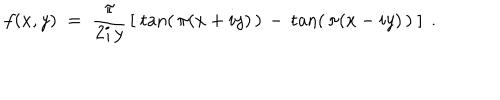
LaTeX: f ( x , y ) \; = \; \frac { \pi } { 2 i \, y } \, \left[ \; \tan ( \, \pi ( x + i y ) \, ) \, - \, \tan ( \, \pi ( x - i y ) \, ) \; \right] \; .